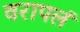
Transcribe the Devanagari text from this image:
वरापलं